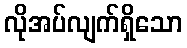
လိုအပ်လျက်ရှိသော